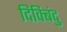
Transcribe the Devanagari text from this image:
दिक्बिंदु